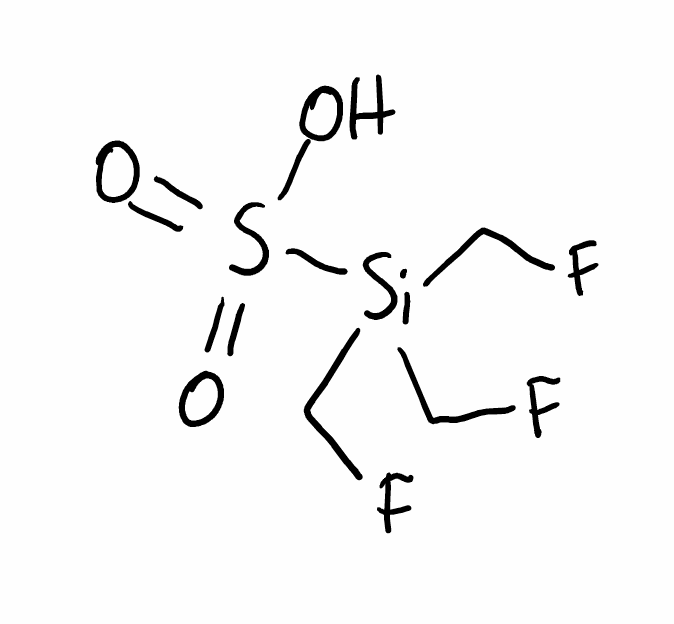
Simplified molecular-input line-entry system (SMILES) notation of the given molecule:
C(F)[Si](CF)(CF)S(=O)(=O)O